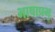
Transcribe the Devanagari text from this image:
भाषाप्रभु